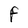
Character: F